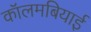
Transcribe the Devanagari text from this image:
कॉलमबियाई